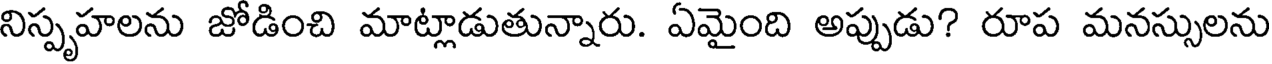
నిస్పృహలను జోడించి మాట్లాడుతున్నారు. ఏమైంది అప్పుడు? రూప మనస్సులను